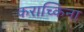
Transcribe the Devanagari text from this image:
कराच्किना